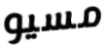
مسيو